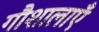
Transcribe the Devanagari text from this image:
गौशालाएँ